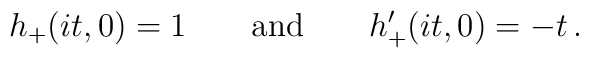
h_+(it,0)=1 \qquad {\rm and} \qquad h_+^{\prime}(it,0)=-t\, .